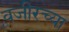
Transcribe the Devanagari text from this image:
वजीरच्या